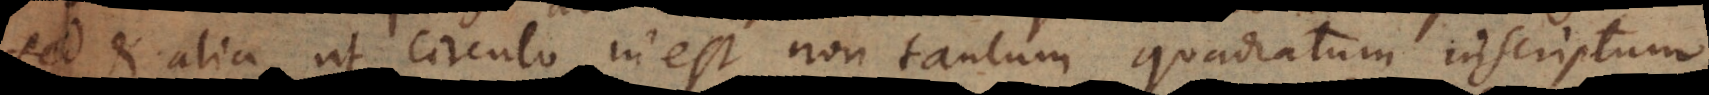
sed et alia, ut circulo inest non tantum quadratum inscriptum,